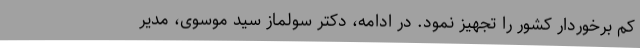
کم برخوردار کشور را تجهیز نمود. در ادامه، دکتر سولماز سید موسوی، مدیر